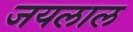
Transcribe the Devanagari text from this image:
जयलाल